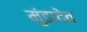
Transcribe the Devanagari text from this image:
मुंडादेव